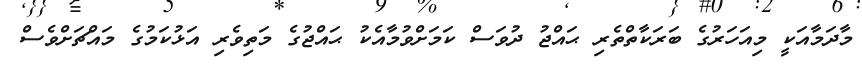
މާދަމާއަކީ މިއަހަރުގެ ބަރަކާތްތެރި ޙައްޖު ދުވަސް ކަމަށްވުމާއެކު ޙައްޖުގެ މަތިވެރި އަޅުކަމުގެ މައްޗަށްވެސް